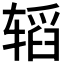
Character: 𮷝